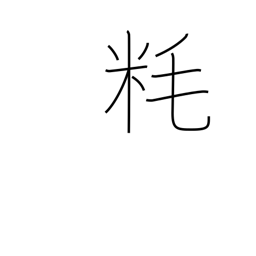
Meaning: millimeter